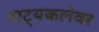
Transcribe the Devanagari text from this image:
नाट्यकलेवर